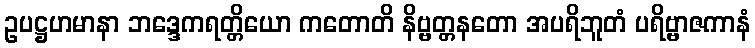
ဥပဋ္ဌဟမာနာ ဘဒ္ဒေကရတ္တိယော ကတောတိ နိဗ္ဗတ္တနတော အပရိဘူတံ ပရိဗ္ဗာဇကာနံ